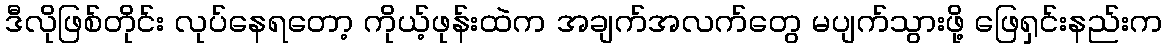
ဒီလိုဖြစ်တိုင်း လုပ်နေရတော့ ကိုယ့်ဖုန်းထဲက အချက်အလက်တွေ မပျက်သွားဖို့ ဖြေရှင်းနည်းက